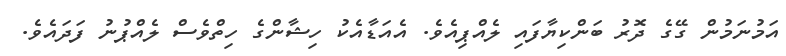
އަމުނަމުން ގޭގެ ދޮރު ބަންކިޔާފައި ލެއްޕިއެވެ. އެއަޑާއެކު ހިޝާންގެ ހިތްވެސް ލެއްޕުނު ފަދައެވެ.